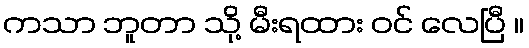
ကသာ ဘူတာ သို့ မီးရထား ဝင် လေပြီ ။